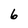
Character: 6